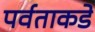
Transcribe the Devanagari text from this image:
पर्वताकडे